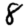
Digit: 8